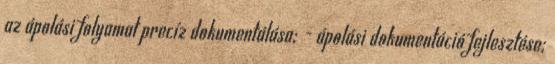
az ápolási folyamat precíz dokumentálása; - ápolási dokumentáció fejlesztése;